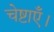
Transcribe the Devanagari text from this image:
चेष्टाएँ।